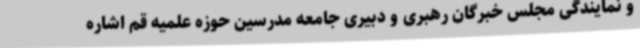
و نمایندگی مجلس خبرگان رهبری و دبیری جامعه مدرسین حوزه علمیه قم اشاره